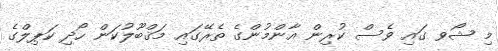
މި ޝޯވ ގައި ވެސް ކުރިން އާންމުންގެ ތެރޭގައި މަޤްބޫލުކަން ހޯދި ކަޕިލްގެ